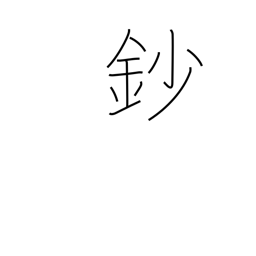
Meaning: 1/10 shaku